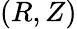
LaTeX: \left(R,Z\right)